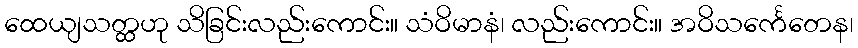
ထေယျသတ္ထဟု သိခြင်းလည်းကောင်း။ သံဝိမာနံ၊ လည်းကောင်း။ အဝိသင်္ကေတေန၊